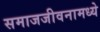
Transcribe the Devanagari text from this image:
समाजजीवनामध्ये